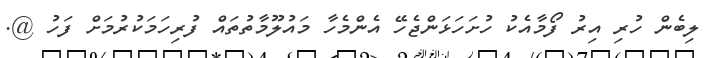
ލިބެން ހުރި އިރު ފޯމާއެކު ހުށަހަޅަންޖެހޭ އެންމެހާ މައުލޫމާތުތައް ފުރިހަމަކުރުމަށް ފަހު @.